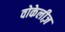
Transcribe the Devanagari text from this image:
वोकेलीज़